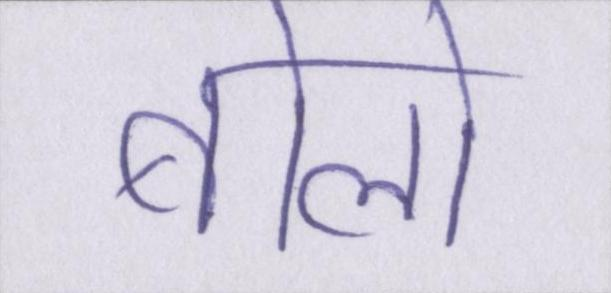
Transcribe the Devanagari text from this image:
बोलो